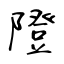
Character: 隥